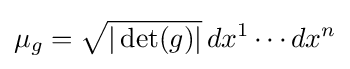
\mu _{g}={\sqrt {|\det(g)|}}\,dx^{1}\cdots dx^{n}